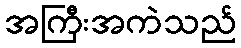
အကြီးအကဲသည်